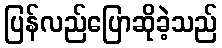
ပြန်လည်ပြောဆိုခဲ့သည်